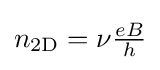
{\textstyle n_{\rm {2D}}=\nu {\frac {eB}{h}}}